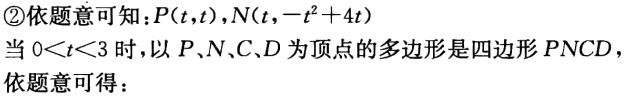
\textcircled{2}依题意可知：\(P(t,t)\)，\(N(t,-t^{2}+4t)\)
当\(0 < t < 3\)时，以\(P\)、\(N\)、\(C\)、\(D\)为顶点的多边形是四边形\(PNCD\)
依题意可得：